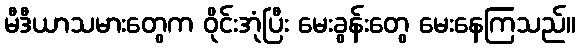
မီဒီယာသမားတွေက ဝိုင်းအုံပြီး မေးခွန်းတွေ မေးနေကြသည်။